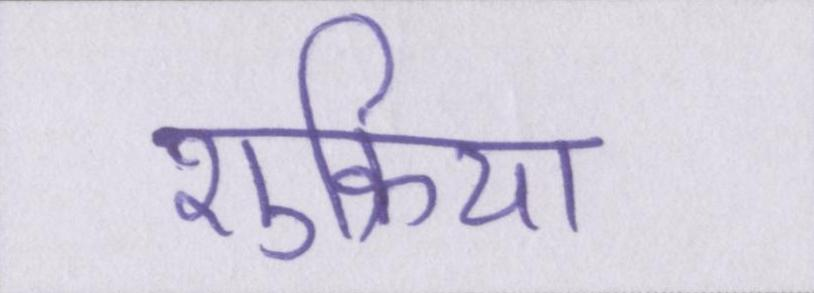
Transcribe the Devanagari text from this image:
शुक्रिया